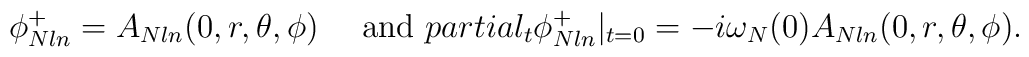
\phi^{+}_{N l n}=A_{N l n}(0,r,\theta,\phi)\ \ \ \  {\rm and }\ \ \\partial_t\phi^{+}_{N l n}|_{t=0}= -i\omega_N(0) A_{N l n}(0,r,\theta,\phi).